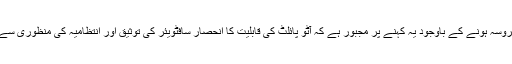
یہ بات قابل تردید نہیں اور ٹیسلا بھی اپنے نظام پر بھروسہ ہونے کے باوجود یہ کہنے پر مجبور ہے کہ آٹو پائلٹ کی قابلیت کا انحصار سافٹویئر کی توثیق اور انتظامیہ کی منظوری سے مشروط ہے جو ہر خطے میں الگ بھی ہوسکتی ہے۔